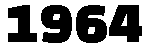
1964